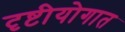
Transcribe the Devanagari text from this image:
दृष्टीयोगात